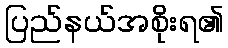
ပြည်နယ်အစိုးရ၏